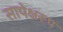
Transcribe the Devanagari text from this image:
सापेक्षरूप